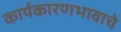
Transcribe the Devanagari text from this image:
कार्यकारणभावाचे